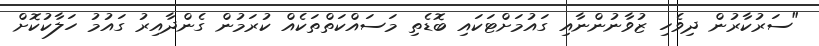
"ސަރުކާރުން ދިވެހި ޒުވާނުންނާއި ގައުމަށްޓަކައި ބޮޑެތި މަސައްކަތްތަކެއް ކުރަމުން ގެންދާއިރު ގައުމު ހަލާކުކޮށް